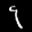
Label: 9